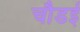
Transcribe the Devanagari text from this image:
चौडई